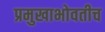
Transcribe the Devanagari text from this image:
प्रमुखाभोवतीच